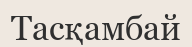
Тасқамбай